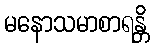
မနောသမာစာရန္တိ